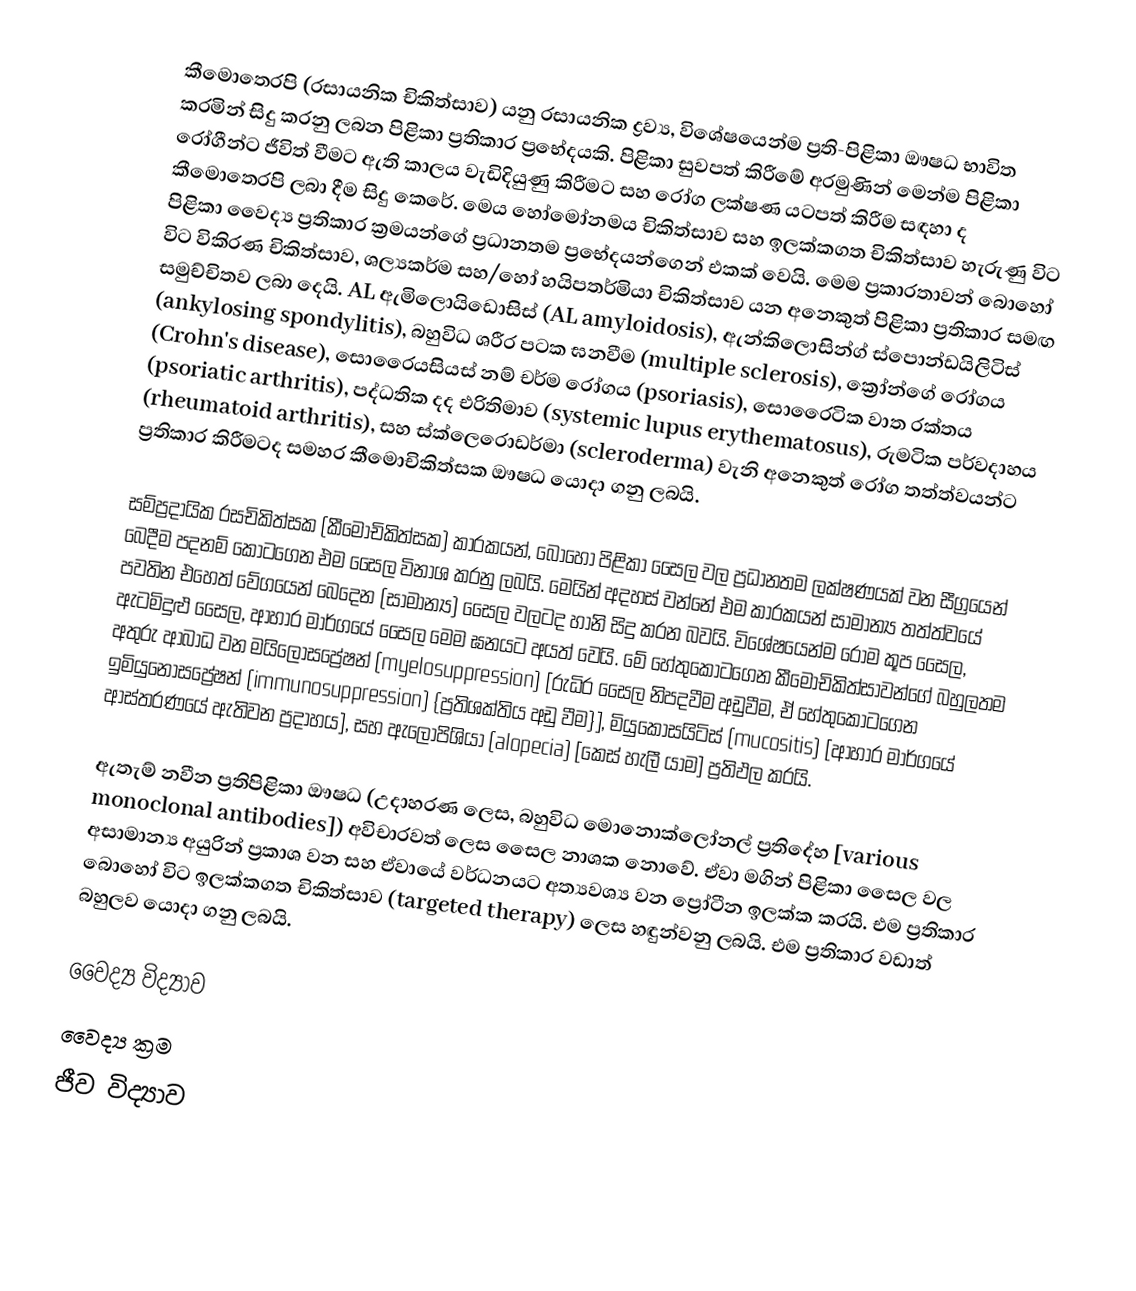
කීමොතෙරපි (රසායනික චිකිත්සාව) යනු රසායනික ද්‍රව්‍ය, විශේෂයෙන්ම ප්‍රති-පිළිකා ඖෂධ භාවිත කරමින් සිදු කරනු ලබන පිළිකා ප්‍රතිකාර ප්‍රභේදයකි. පිළිකා සුවපත් කිරීමේ අරමුණින් මෙන්ම පිළිකා රෝගීන්ට ජීවිත් වීමට ඇති කාලය වැඩිදියුණු කිරීමට සහ රෝග ලක්ෂණ යටපත් කිරීම සඳහා ද කීමොතෙරපි ලබා දීම සිදු කෙරේ. මෙය හෝමෝනමය චිකිත්සාව සහ ඉලක්කගත චිකිත්සාව හැරුණු විට පිළිකා වෛද්‍ය ප්‍රතිකාර ක්‍රමයන්ගේ ප්‍රධානතම ප්‍රභේදයන්ගෙන් එකක් වෙයි. මෙම ප්‍රකාරතාවන් බොහෝ විට විකිරණ චිකිත්සාව, ශල්‍යකර්ම සහ/හෝ හයිපතර්මියා චිකිත්සාව යන අනෙකුත් පිළිකා ප්‍රතිකාර සමඟ සමුච්චිතව ලබා දෙයි. AL ඇමිලොයිඩොසිස් (AL amyloidosis), ඇන්කිලොසින්ග් ස්පොන්ඩයිලිටිස් (ankylosing spondylitis), බහුවිධ ශරීර පටක ඝනවීම (multiple sclerosis), ක්‍රෝන්ගේ රෝගය (Crohn's disease), සොරෛයසියස් නම් චර්ම රෝගය (psoriasis), සොරෛටික වාත රක්තය    (psoriatic arthritis), පද්ධතික දද එරිතිමාව (systemic lupus erythematosus), රුමටික පර්වදාහය (rheumatoid arthritis), සහ ස්ක්ලෙරොඩර්මා (scleroderma) වැනි අනෙකුත් රෝග තත්ත්වයන්ට ප්‍රතිකාර කිරීමටද සමහර කීමොචිකිත්සක ඖෂධ යොදා ගනු ලබයි.

සම්ප්‍රදායික රසචිකිත්සක (කීමොචිකිත්සක) කාරකයන්, බොහෝ පිළිකා සෛල වල ප්‍රධානතම ලක්ෂණයක් වන සීග්‍රයෙන් බෙදීම පදනම් කොටගෙන එම සෛල විනාශ කරනු ලබයි. මෙයින් අදහස් වන්නේ එම කාරකයන් සාමාන්‍ය තත්ත්වයේ පවතින එහෙත් වේගයෙන් බෙදෙන (සාමාන්‍ය) සෛල වලටද හානි සිදු කරන බවයි. විශේෂයෙන්ම රෝම කූප සෛල, ඇටමිදුළු සෛල, ආහාර මාර්ගයේ සෛල මෙම ඝනයට අයත් වෙයි. මේ හේතුකොටගෙන කීමොචිකිත්සාවන්ගේ බහුලතම අතුරු ආබාධ වන මයිලොසප්‍රේෂන් (myelosuppression) [රුධිර සෛල නිපදවීම අඩුවීම, ඒ හේතුකොටගෙන ඉමියුනොසප්‍රේෂන් (immunosuppression) {ප්‍රතිශක්තිය අඩු වීම}], මියුකොසයිටිස් (mucositis) [ආහාර මාර්ගයේ ආස්තරණයේ ඇතිවන ප්‍රදාහය], සහ ඇලෝපිශියා (alopecia) [කෙස් හැලී යාම] ප්‍රතිඵල කරයි.

ඇතැම් නවීන ප්‍රතිපිළිකා ඖෂධ (උදාහරණ ලෙස, බහුවිධ මොනොක්ලෝනල් ප්‍රතිදේහ [various monoclonal antibodies]) අවිචාරවත් ලෙස සෛල නාශක නොවේ. ඒවා මගින් පිළිකා සෛල වල අසාමාන්‍ය අයුරින් ප්‍රකාශ වන සහ ඒවායේ වර්ධනයට අත්‍යවශ්‍ය වන ප්‍රෝටීන ඉලක්ක කරයි.  එම ප්‍රතිකාර බොහෝ විට ඉලක්කගත චිකිත්සාව (targeted therapy) ලෙස හඳුන්වනු ලබයි. එම ප්‍රතිකාර වඩාත් බහුලව යොදා ගනු ලබයි.

වෛද්‍ය විද්‍යාව
වෛද්‍ය ක්‍රම
ජීව විද්‍යාව